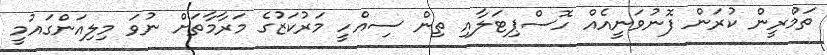
ތަމްްރީން ކުރަން ފޮނުވަނީއެއް ހޮސްޕިޓަލާއި ތިން ސިއްހީ މަރުކަޒުގެ މަރާމާތަށް ނުވަ މިލިއަންގައުމީ